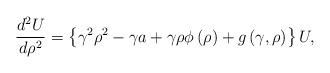
LaTeX: \begin{align*}\frac{d^{2}U}{d\rho^{2}}=\left\{ {\gamma^{2}\rho^{2}-\gamma a+\gamma\rho\phi\left( \rho\right) +g\left( {\gamma,\rho}\right) }\right\} U,\end{align*}